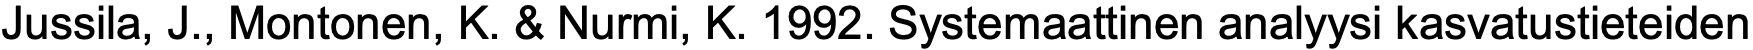
Jussila, J., Montonen, K. & Nurmi, K. 1992. Systemaattinen analyysi kasvatustieteiden